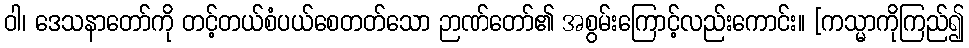
ဝါ၊ ဒေသနာတော်ကို တင့်တယ်စံပယ်စေတတ်သော ဉာဏ်တော်၏ အစွမ်းကြောင့်လည်းကောင်း။ [ကသ္မာကိုကြည်၍